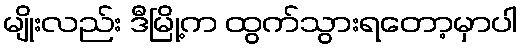
မျိုးလည်း ဒီမြို့က ထွက်သွားရတော့မှာပါ